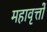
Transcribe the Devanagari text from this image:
महावृत्तों